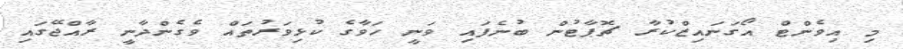
މި އިވެންޓް އޯގަނައިޒްކުރާ ޗޮޕާޓުން ބުނެފައި ވަނީ ހަވާގެ ކުޅިވަރުތައް ވެގެންދާނީ ރާއްޖޭގައި